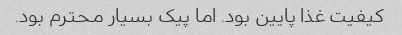
کیفیت غذا پایین بود. اما پیک بسیار محترم بود.